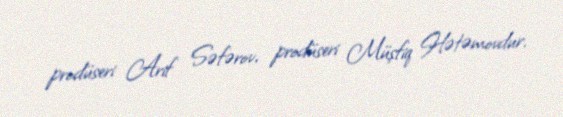
prodüseri Arif Səfərov, prodüseri Müşfiq Hətəmovdur.